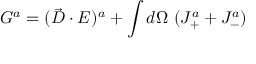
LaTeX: { \cal { G } } ^ { a } = ( \vec { D } \cdot E ) ^ { a } + \int d \Omega ~ ( J _ { + } ^ { a } + J _ { - } ^ { a } )